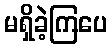
မရှိခဲ့ကြပေ